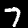
Label: 7